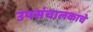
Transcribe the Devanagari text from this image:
उपसंचालकाचे